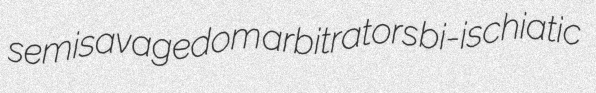
semisavagedom arbitrators bi-ischiatic